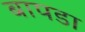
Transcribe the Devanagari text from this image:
बापडा